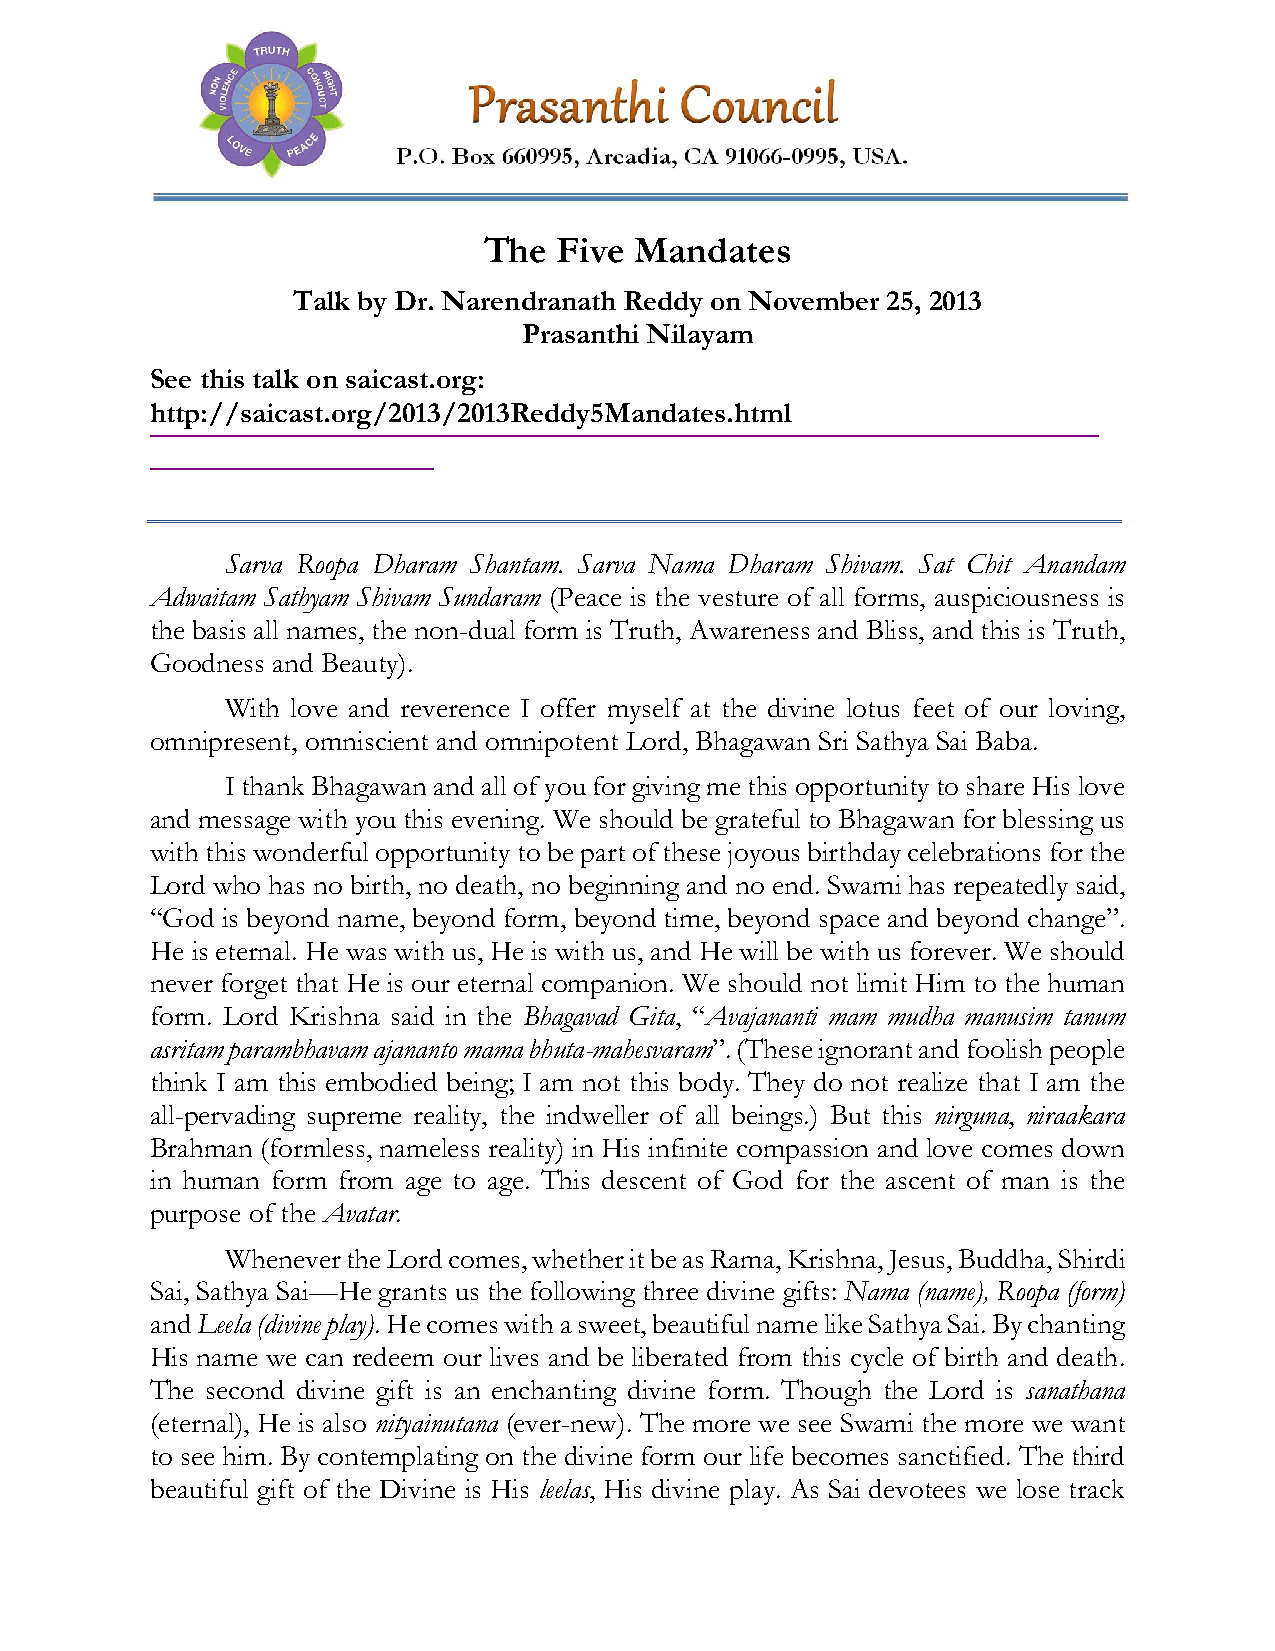
The  Five Mandates
 Talk by Dr. Narendranath Reddy on November 25, 2013
 Prasanthi Nilayam
 See this talk on saicast.org:
 http://saicast.org/2013/2013Reddy5Mandates.html
 Sarva Roopa Dharam Shantam. Sarva Nama Dharam Shivam. Sat Chit Anandam
 Adwaitam Sathyam Shivam Sundaram (Peace is the vesture of all forms, auspiciousness is
 the basis all names, the non-dual form is Truth, Awareness and Bliss, and this is Truth,
 Goodness and Beauty).
 With love and reverence I offer myself at the divine lotus feet of our loving,
 omnipresent, omniscient and omnipotent Lord, Bhagawan Sri Sathya Sai Baba.
 I thank Bhagawan and all of you for giving me this opportunity to share His love
 and message with you this evening. We should be grateful to Bhagawan for blessing us
 with this wonderful opportunity to be part of these joyous birthday celebrations for the
 Lord who has no birth, no death, no beginning and no end. Swami has repeatedly said,
 “God is beyond name, beyond form, beyond time, beyond space and beyond change”.
 He is eternal. He was with us, He is with us, and He will be with us forever. We should
 never forget that He is our eternal companion. We should not limit Him to the human
 form. Lord Krishna said in the Bhagavad Gita, “Avajananti mam mudha manusim tanum
 asritam parambhavam ajananto mama bhuta-mahesvaram”. (These ignorant and foolish people
 think I am this embodied being; I am not this body. They do not realize that I am the
 all-pervading supreme reality, the indweller of all beings.) But this nirguna, niraakara
 Brahman (formless, nameless reality) in His infinite compassion and love comes down
 in human form from age to age. This descent of God for the ascent of man is the
 purpose of the Avatar.
 Whenever the Lord comes, whether it be as Rama, Krishna, Jesus, Buddha, Shirdi
 Sai, Sathya Sai—He grants us the following three divine gifts: Nama (name), Roopa (form)
 and Leela (divine play). He comes with a sweet, beautiful name like Sathya Sai. By chanting
 His name we can redeem our lives and be liberated from this cycle of birth and death.
 The second divine gift is an enchanting divine form. Though the Lord is sanathana
 (eternal), He is also nityainutana (ever-new). The more we see Swami the more we want
 to see him. By contemplating on the divine form our life becomes sanctified. The third
 beautiful gift of the Divine is His leelas, His divine play. As Sai devotees we lose track